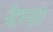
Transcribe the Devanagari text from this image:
रेगा